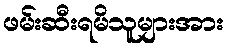
ဖမ်းဆီးရမိသူများအား